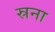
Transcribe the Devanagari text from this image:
स्रना